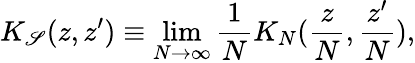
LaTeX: K_{\mathscr{S}}(z,z^{\prime})\equiv\operatorname*{lim}_{N\rightarrow\infty}\frac{1}{N}K_{N}(\frac{{z}}{{N}},\frac{{z^{\prime}}}{{N}}),